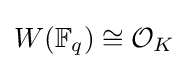
W(\mathbb {F} _{q})\cong {\mathcal {O}}_{K}